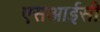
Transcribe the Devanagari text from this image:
एसआईसी